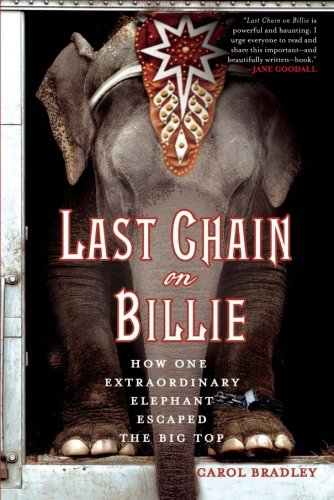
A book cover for Last Chain On Billie: How One Extraordinary Elephant Escaped the Big Top; Carol Bradley; Science & Math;